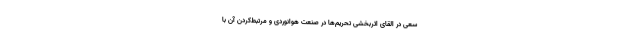
سعی در القای اثربخشی تحریم‌ها در صنعت هوانوردی و مرتبط‌کردن آن با